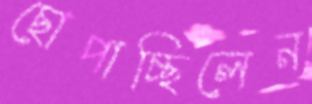
ছোপাচ্ছিলেন